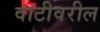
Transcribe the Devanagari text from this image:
वाटीवरील